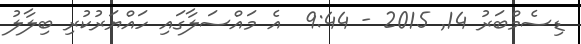
ޑިސެމްބަރު 14